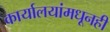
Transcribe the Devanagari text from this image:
कार्यालयांमधूनही